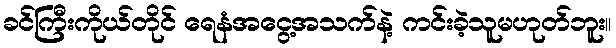
ခင်ကြီးကိုယ်တိုင် ရေနံအငွေ့အသက်နဲ့ ကင်းခဲ့သူမဟုတ်ဘူး။